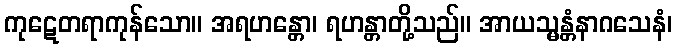
ကုဋေတရာကုန်သော။ အရဟန္တော၊ ရဟန္တာတို့သည်။ အာယသ္မန္တံနာဂသေနံ၊